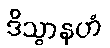
ဒိသွာနဟံ